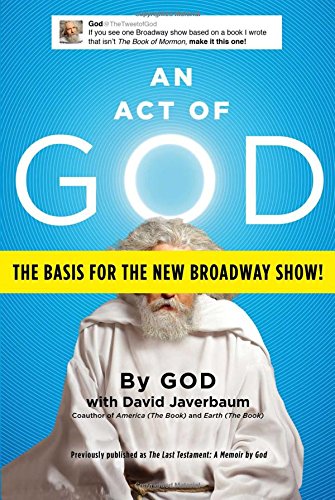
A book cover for An Act of God: Previously Published as The Last Testament: A Memoir by God; David Javerbaum; Humor & Entertainment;